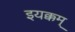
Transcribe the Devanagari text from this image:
इयक्कम्